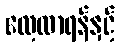
လေ့လာရန်နှင့်